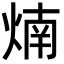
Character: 煵